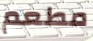
مطعم